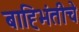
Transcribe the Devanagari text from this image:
बाह्भिंतीचे